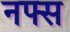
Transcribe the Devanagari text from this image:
नफ्स